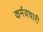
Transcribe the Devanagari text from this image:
कर्मवचारी